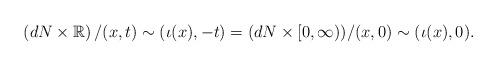
LaTeX: \begin{align*}\left(dN\times\mathbb{R}\right)/(x,t)\sim(\iota(x),-t)=(dN\times [0,\infty))/(x,0)\sim(\iota(x),0).\end{align*}